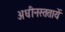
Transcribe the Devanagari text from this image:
अधीनस्ततायें